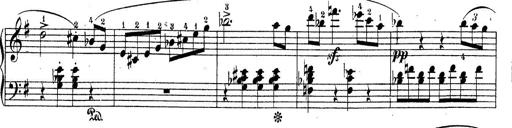
Title: Piano Sonatine No.2
Composer: Peter Piel
Key: G major